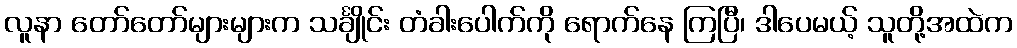
လူနာ တော်တော်များများက သင်္ချိုင်း တံခါးပေါက်ကို ရောက်နေ ကြပြီ၊ ဒါပေမယ့် သူတို့အထဲက